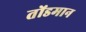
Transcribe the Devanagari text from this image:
तोंडमान